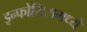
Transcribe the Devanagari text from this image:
इन्फोसिसमध्ये